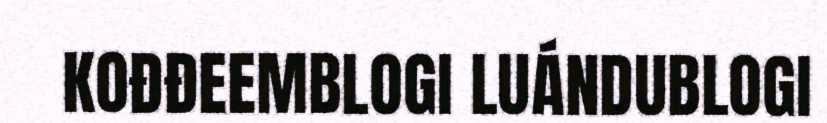
KOĐĐEEMBLOGI LUÁNDUBLOGI